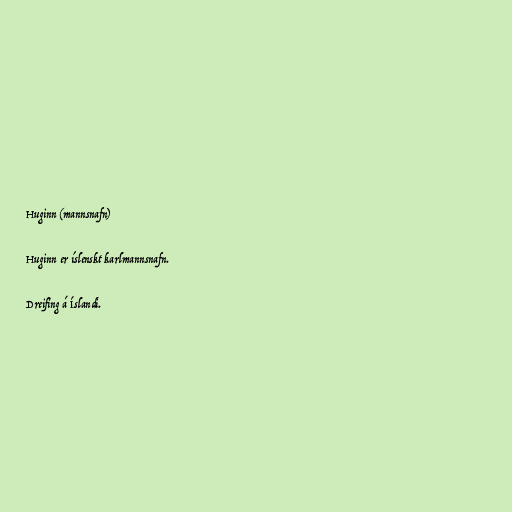
Huginn (mannsnafn)

Huginn er íslenskt karlmannsnafn.

Dreifing á Íslandi.